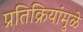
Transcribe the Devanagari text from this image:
प्रतिक्रियांमुळे